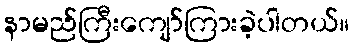
နာမည်ကြီးကျော်ကြားခဲ့ပါတယ်။